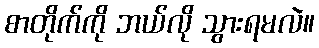
စာတိုက်ကို ဘယ်လို သွားရမလဲ။